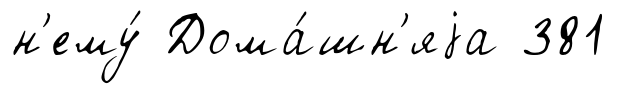
н'ему́ Дома́шн'яjа 381